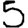
Digit: 5